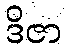
ဒိဇာ